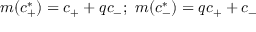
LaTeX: m ( c _ { + } ^ { * } ) = c _ { + } + q c _ { - } ; \ m ( c _ { - } ^ { * } ) = q c _ { + } + c _ { - }